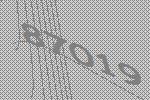
87019